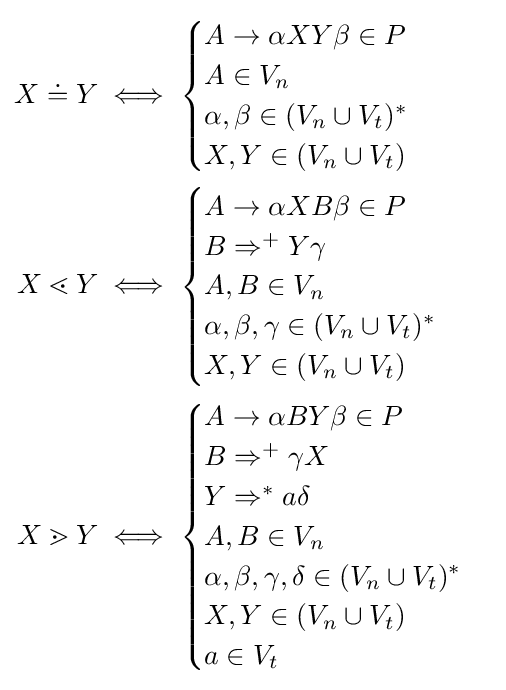
{\begin{aligned}X\doteq Y&\iff {\begin{cases}A\to \alpha XY\beta \in P\\A\in V_{n}\\\alpha ,\beta \in (V_{n}\cup V_{t})^{*}\\X,Y\in (V_{n}\cup V_{t})\end{cases}}\\X\lessdot Y&\iff {\begin{cases}A\to \alpha XB\beta \in P\\B\Rightarrow ^{+}Y\gamma \\A,B\in V_{n}\\\alpha ,\beta ,\gamma \in (V_{n}\cup V_{t})^{*}\\X,Y\in (V_{n}\cup V_{t})\end{cases}}\\X\gtrdot Y&\iff {\begin{cases}A\to \alpha BY\beta \in P\\B\Rightarrow ^{+}\gamma X\\Y\Rightarrow ^{*}a\delta \\A,B\in V_{n}\\\alpha ,\beta ,\gamma ,\delta \in (V_{n}\cup V_{t})^{*}\\X,Y\in (V_{n}\cup V_{t})\\a\in V_{t}\end{cases}}\end{aligned}}